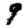
Digit: 9